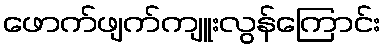
ဖောက်ဖျက်ကျူးလွန်ကြောင်း